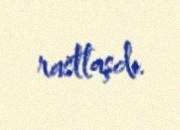
rastlaşdı.